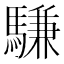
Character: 𫘕